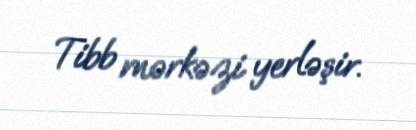
Tibb mərkəzi yerləşir.